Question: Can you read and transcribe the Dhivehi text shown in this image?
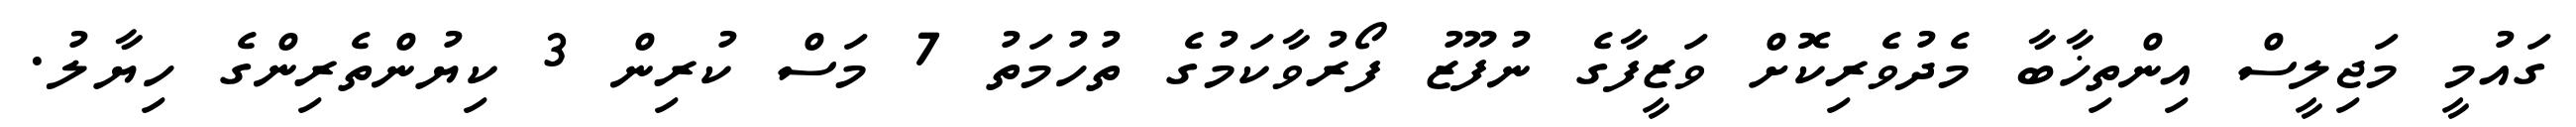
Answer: ގައުމީ މަޖިލީސް އިންތިޚާބާ މެދުވެރިކޮށް ވަޒީފާގެ ނުފޫޒު ފޯރުވާކަމުގެ ތުހުމަތު 7 މަސް ކުރިން 3 ކިޔުންތެރިންގެ ހިޔާލު.